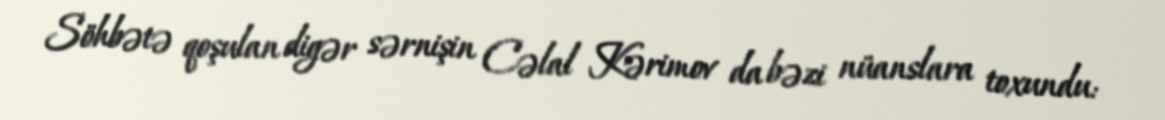
Söhbətə qoşulan digər sərnişin Cəlal Kərimov da bəzi nüanslara toxundu: